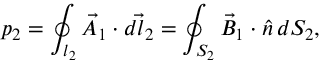
p _ { 2 } = \oint _ { l _ { 2 } } \vec { A } _ { 1 } \cdot \vec { d l _ { 2 } } = \oint _ { S _ { 2 } } \vec { B } _ { 1 } \cdot \hat { n } \, d S _ { 2 } ,